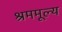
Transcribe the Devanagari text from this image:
श्रममूल्य